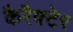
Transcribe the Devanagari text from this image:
कैरैक्टेर